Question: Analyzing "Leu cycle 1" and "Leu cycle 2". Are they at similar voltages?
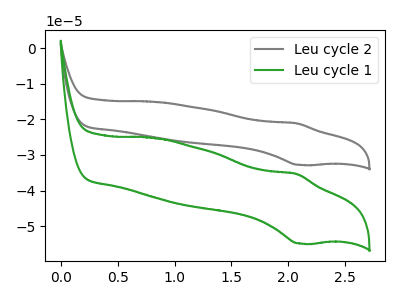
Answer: <think>The gray curve "Leu cycle 2" has an anodic peak at (2.05V, -21.10uA) and a cathodic peak at (2.10V, -32.80uA). The green curve "Leu cycle 1" has an anodic peak at (2.05V, -35.30uA) and a cathodic peak at (2.10V, -54.85uA).
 All the peaks in "Leu cycle 1" have a peak in "Leu cycle 2" at the same potential.</think>
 <answer>"Leu cycle 1" and "Leu cycle 2" are similar in shape.</answer>
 <eval>same_shape</eval>